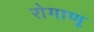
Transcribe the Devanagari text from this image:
रोगाणू